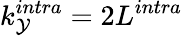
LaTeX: k_{\mathcal{Y}}^{intra}=2L^{intra}